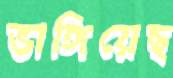
ভাঙ্গিয়েছ